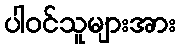
ပါဝင်သူများအား